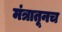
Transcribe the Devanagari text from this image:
मंत्रातूनच